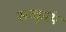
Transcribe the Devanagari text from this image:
सत्कृत्यं